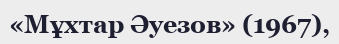
«Мұхтар Әуезов» (1967),